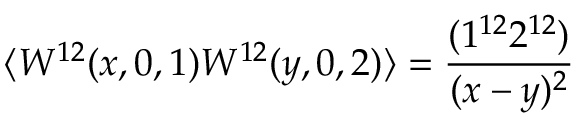
\langle W ^ { 1 2 } ( x , 0 , 1 ) W ^ { 1 2 } ( y , 0 , 2 ) \rangle = \frac { ( 1 ^ { 1 2 } 2 ^ { 1 2 } ) } { ( x - y ) ^ { 2 } }